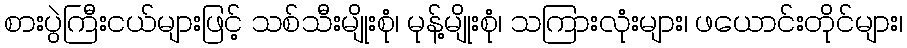
စားပွဲကြီးငယ်များဖြင့် သစ်သီးမျိုးစုံ၊ မုန့်မျိုးစုံ၊ သကြားလုံးများ၊ ဖယောင်းတိုင်များ၊